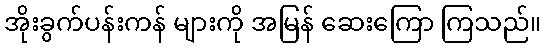
အိုးခွက်ပန်းကန် များကို အမြန် ဆေးကြော ကြသည်။